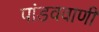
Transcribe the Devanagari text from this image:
पांडववाणी